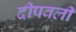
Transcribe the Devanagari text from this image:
दीपवली